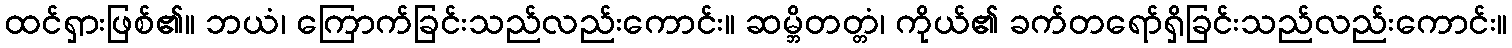
ထင်ရှားဖြစ်၏။ ဘယံ၊ ကြောက်ခြင်းသည်လည်းကောင်း။ ဆမ္ဘိတတ္တံ၊ ကိုယ်၏ ခက်တရော်ရှိခြင်းသည်လည်းကောင်း။